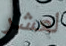
لعشر